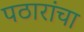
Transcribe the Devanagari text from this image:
पठारांचा